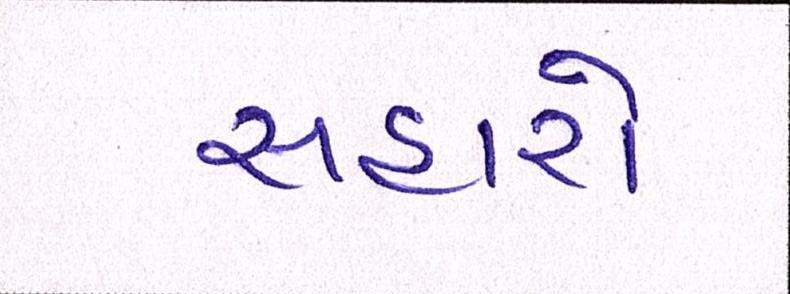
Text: સહારો